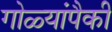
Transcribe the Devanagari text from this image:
गोळ्यांपैकी